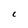
Character: C